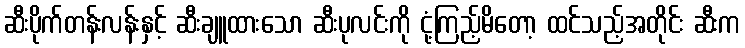
ဆီးပိုက်တန်းလန်းနှင့် ဆီးချူထားသော ဆီးပုလင်းကို ငုံ့ကြည့်မိတော့ ထင်သည့်အတိုင်း ဆီးက